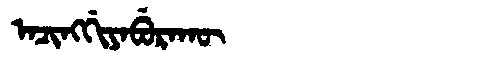
Manchu: ᠠᠴᡳᠩᡤᡳᠶᠠᠪᡠᡵᠠᡴᡡ
Romanization: ACINGGIYABURAKŪ